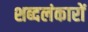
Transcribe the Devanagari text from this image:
शब्दलंकारों